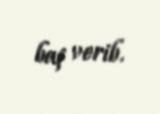
baş verib.